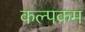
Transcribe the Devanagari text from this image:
कल्पकम